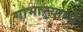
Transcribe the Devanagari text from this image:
गाभाऱ्याध्ये